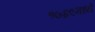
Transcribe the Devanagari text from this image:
१७६९मध्ये